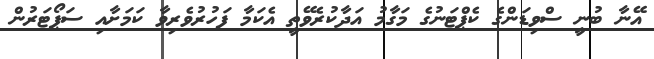
އޭނާ ބުނީ ސްވިޑަންގެ ކެޕްޓަނުގެ މަގާމު އަދާކުރެވޭތީ އެކަމާ ފަހުރުވެރިވާ ކަމަށާއި ސަޕޯޓަރުން